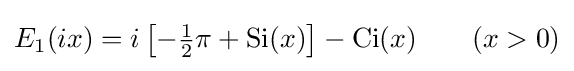
E_{1}(ix)=i\left[-{\tfrac {1}{2}}\pi +\operatorname {Si} (x)\right]-\operatorname {Ci} (x)\qquad (x>0)